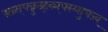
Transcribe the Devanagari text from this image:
म्र्ख्र्स्फ्क्रुय्र्ह्क्म्फ्स्य्सुफ्ज्व्